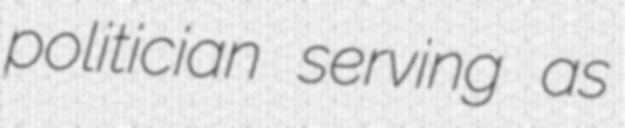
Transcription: politician serving as